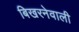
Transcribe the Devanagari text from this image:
बिखरनेवाली